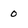
Character: 0